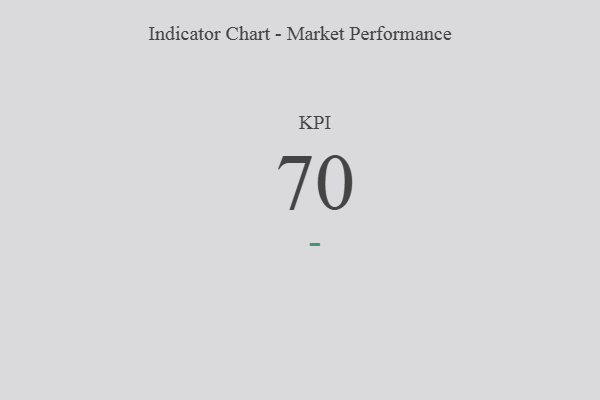
{"axis": {"x": "KPI", "y": "Value"}, "legend": [""], "data": [{"x": "KPI", "y": 70, "type": ""}]}